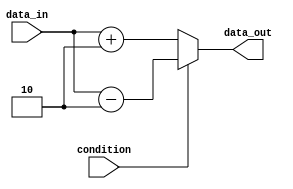
module if_else_statement (
    input wire condition,
    input wire [3:0] data_in,
    output reg [3:0] data_out
);

always @(*) begin
    if (~condition) begin
        data_out = data_in + 4'b0010;
    end else begin
        data_out = data_in - 4'b0010;
    end
end

endmodule